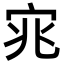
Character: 宨